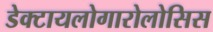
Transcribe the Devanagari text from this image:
डेक्टायलोगारोलोसिस